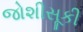
જોશીસૂકી